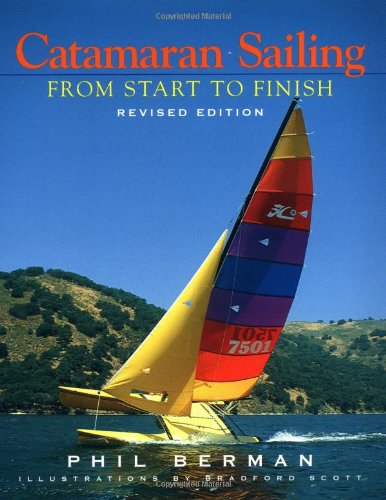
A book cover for Catamaran Sailing: From Start to Finish (Revised Edition); Phil Berman; Sports & Outdoors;